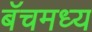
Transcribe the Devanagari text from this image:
बॅचमध्य